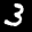
Label: 3